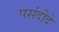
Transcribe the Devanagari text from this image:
पसंदीदे